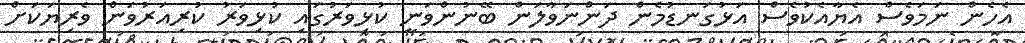
އެހެން ނަމަވެސް އެޔާއެކުވެސް އަޅުގަނޑުމެން ދަންނަވާލަން ބޭނުންވަނީ ކުޅިވަރުގައި ކުޅިވަރު ކުރިއަރުވަން ވެރިޔަކަށް